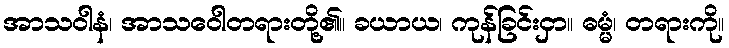
အာသဝါနံ၊ အာသဝေါတရားတို့၏။ ခယာယ၊ ကုန်ခြင်းငှာ။ ဓမ္မံ၊ တရားကို။